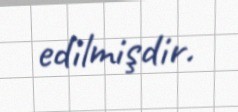
edilmişdir.